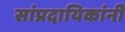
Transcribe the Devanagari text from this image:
सांप्रदायिकांनी